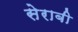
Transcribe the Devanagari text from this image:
सेराबी